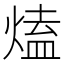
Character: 熆